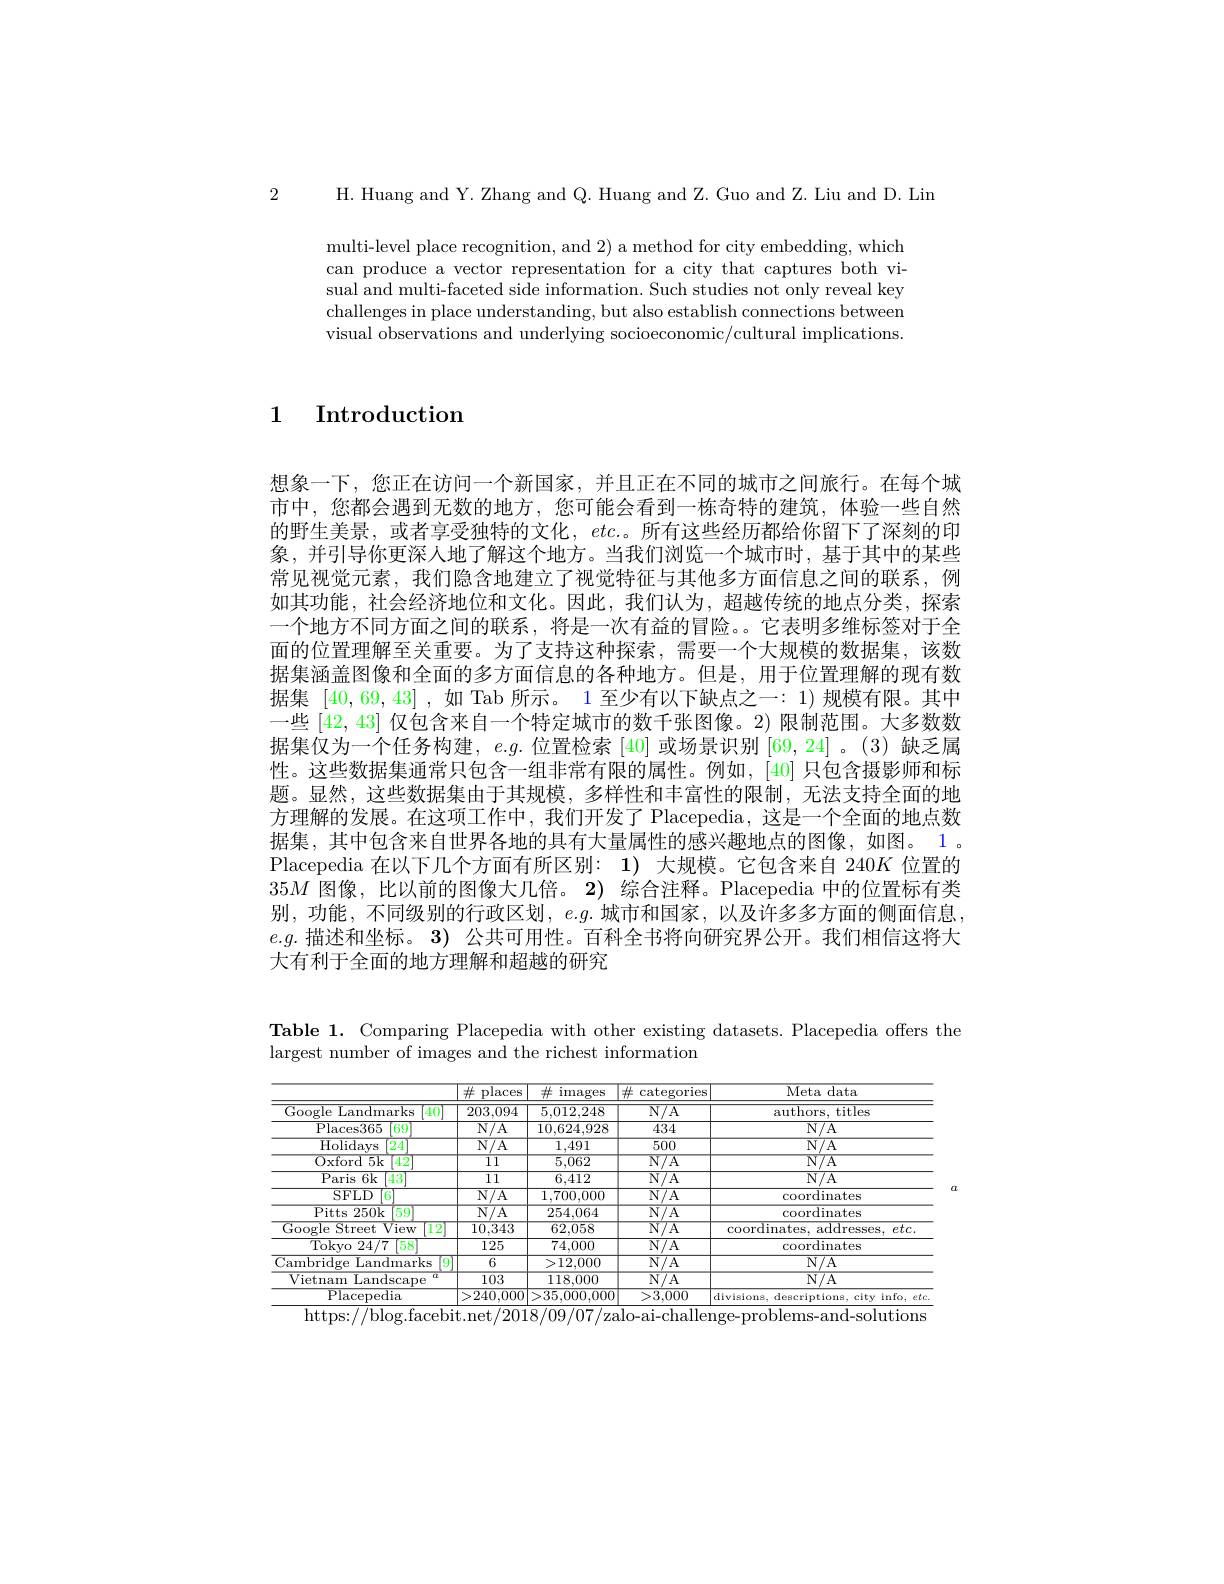
2 H. Huang and Y. Zhang and Q. Huang and Z. Guo and Z. Liu and D. Lin

multi-level place recognition, and 2) a method for city embedding, which can produce a vector representation for a city that captures both visual and multi-faceted side information. Such studies not only reveal key challenges in place understanding, but also establish connections between visual observations and underlying socioeconomic/cultural implications.

1 Introduction

想象一下，您正在访问一个新国家，并且正在不同的城市之间旅行。在每个城市中，您都会遇到无数的地方，您可能会看到一栋奇特的建筑，体验一些自然的野生美景，或者享受独特的文化，$etc.$。所有这些经历都给你留下了深刻的印象，并引导你更深人地了解这个地方。当我们浏览一个城市时，基于其中的某些常见视觉元素，我们隐含地建立了视觉特征与其他多方面信息之间的联系，例如其功能，社会经济地位和文化。因此，我们认为，超越传统的地点分类，探索一个地方不同方面之间的联系，将是一次有益的冒险。。它表明多维标签对于全面的位置理解至关重要。为了支持这种探索，需要一个大规模的数据集，该数据集涵盖图像和全面的多方面信息的各种地方。但是，用于位置理解的现有数据集[40,69,43] ,如 Tab 所示。1 至少有以下缺点之一：1)规模有限。其中一些[42,43]仅包含来自一个特定城市的数千张图像。2) 限制范围。大多数数据集仅为一个任务构建，$e.g.$位置检索 [40] 或场景识别[69,24] 。(3)缺乏属性。这些数据集通常只包含一组非常有限的属性。例如，[40] 只包含摄影师和标题。显然，这些数据集由于其规模，多样性和丰富性的限制，无法支持全面的地方理解的发展。在这项工作中，我们开发了 Placepedia, 这是一个全面的地点数据集，其中包含来自世界各地的具有大量属性的感兴趣地点的图像，如图。1。Placepedia 在以下几个方面有所区别：1)大规模。它包含来自 240$K$位置的35$M$图像，比以前的图像大几倍。2)综合注释。Placepedia 中的位置标有类别，功能，不同级别的行政区划，$e.g.$城市和国家，以及许多多方面的侧面信息， $e.g.$描述和坐标。3) 公共可用性。百科全书将向研究界公开。我们相信这将大大有利于全面的地方理解和超越的研究

Table 1. Comparing Placepedia with other existing datasets. Placepedia offers the
largest number of images and the richest information

<table>
	<tbody>
		<tr>
			<th> </th>
			<th>$\overline{\#}$ $pl\varepsilon$ laces</th>
			<th>$\#$ $\operatorname{images}$</th>
			<th>$\#$ categories</th>
			<th>$\overline{\mathrm{Meta~data}}$</th>
		</tr>
		<tr>
			<td>Google ${\mathrm{a~Landmarks}}$ 40</td>
			<td>203,094</td>
			<td>5,012,248</td>
			<td>$\overline{\mathrm{N/A}}$</td>
			<td>$\overline{{\mathrm{authors,~titles}}}$</td>
		</tr>
		<tr>
			<td>Places365 69</td>
			<td>$\overline{\mathrm{N/A}}$</td>
			<td>10,624,928</td>
			<td>434</td>
			<td>$\overline{\mathrm{N/A}}$</td>
		</tr>
		<tr>
			<td>$\overline{{\mathrm{Holidays}}}$ 24</td>
			<td>$\overline{\mathrm{N/A}}$</td>
			<td>1,491</td>
			<td>$\overline{500}$</td>
			<td>$\overline{\mathrm{N/A}}$</td>
		</tr>
		<tr>
			<td>42 $0xford5k$</td>
			<td>$\overline{11}$</td>
			<td>5,062</td>
			<td>$N/A$</td>
			<td>$N/A$</td>
		</tr>
		<tr>
			<td>Paris6k 43</td>
			<td>111</td>
			<td>6,412</td>
			<td>$\overline{\mathrm{N/A}}$</td>
			<td>$\overline{\mathrm{N/A}}$</td>
		</tr>
		<tr>
			<td>$6^{\prime}$ SFLD</td>
			<td>$\overline{\mathrm{N/A}}$</td>
			<td>1,700,000</td>
			<td>$\overline{\mathrm{N/A}}$</td>
			<td>coordinates</td>
		</tr>
		<tr>
			<td>Pitts s 250k 59</td>
			<td>$\overline{\mathrm{N/A}}$</td>
			<td>254,064</td>
			<td>$\overline{\mathrm{N/A}}$</td>
			<td>coordinates</td>
		</tr>
		<tr>
			<td>View 12 $\mathop{Google}$ street</td>
			<td>10,343</td>
			<td>62,058</td>
			<td>$N/A$</td>
			<td>$\operatorname{coordinates,~addresses.~}etc.$</td>
		</tr>
		<tr>
			<td>Tokvo 24/ 7 58</td>
			<td>125</td>
			<td>74,000</td>
			<td>$\overline{\mathrm{N/A}}$</td>
			<td>coordinates</td>
		</tr>
		<tr>
			<td>Cambridge Landmarks 9</td>
			<td>6</td>
			<td>>12,000</td>
			<td>$\overline{\mathrm{N/A}}$</td>
			<td>$\overline{\mathrm{N/A}}$</td>
		</tr>
		<tr>
			<td>$\overline{{Vietnam}}$ Landscape $a$</td>
			<td>103</td>
			<td>118,000</td>
			<td>$\overline{\mathrm{N/A}}$</td>
			<td>$\overline{\mathrm{N/A}}$</td>
		</tr>
		<tr>
			<td>$\overline{{\mathrm{Placepedia}}}$</td>
			<td>240,000</td>
			<td>>35,000.000</td>
			<td>>3,000</td>
			<td>divisions, descriptions, city info, etc</td>
		</tr>
	</tbody>
</table>
https://blog.facebit.net/2018/09/07/zalo-ai-challenge-problems-and-solutions